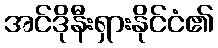
အင်ဒိုနီးရှားနိုင်ငံ၏